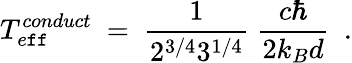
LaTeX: T_{e\mathtt{f}\mathtt{f}}^{conduct}\ =\ \frac{{1}}{{2^{3/4}3^{1/4}}}\ \frac{{c\hbar}}{{2k_{B}d}}\ \ .